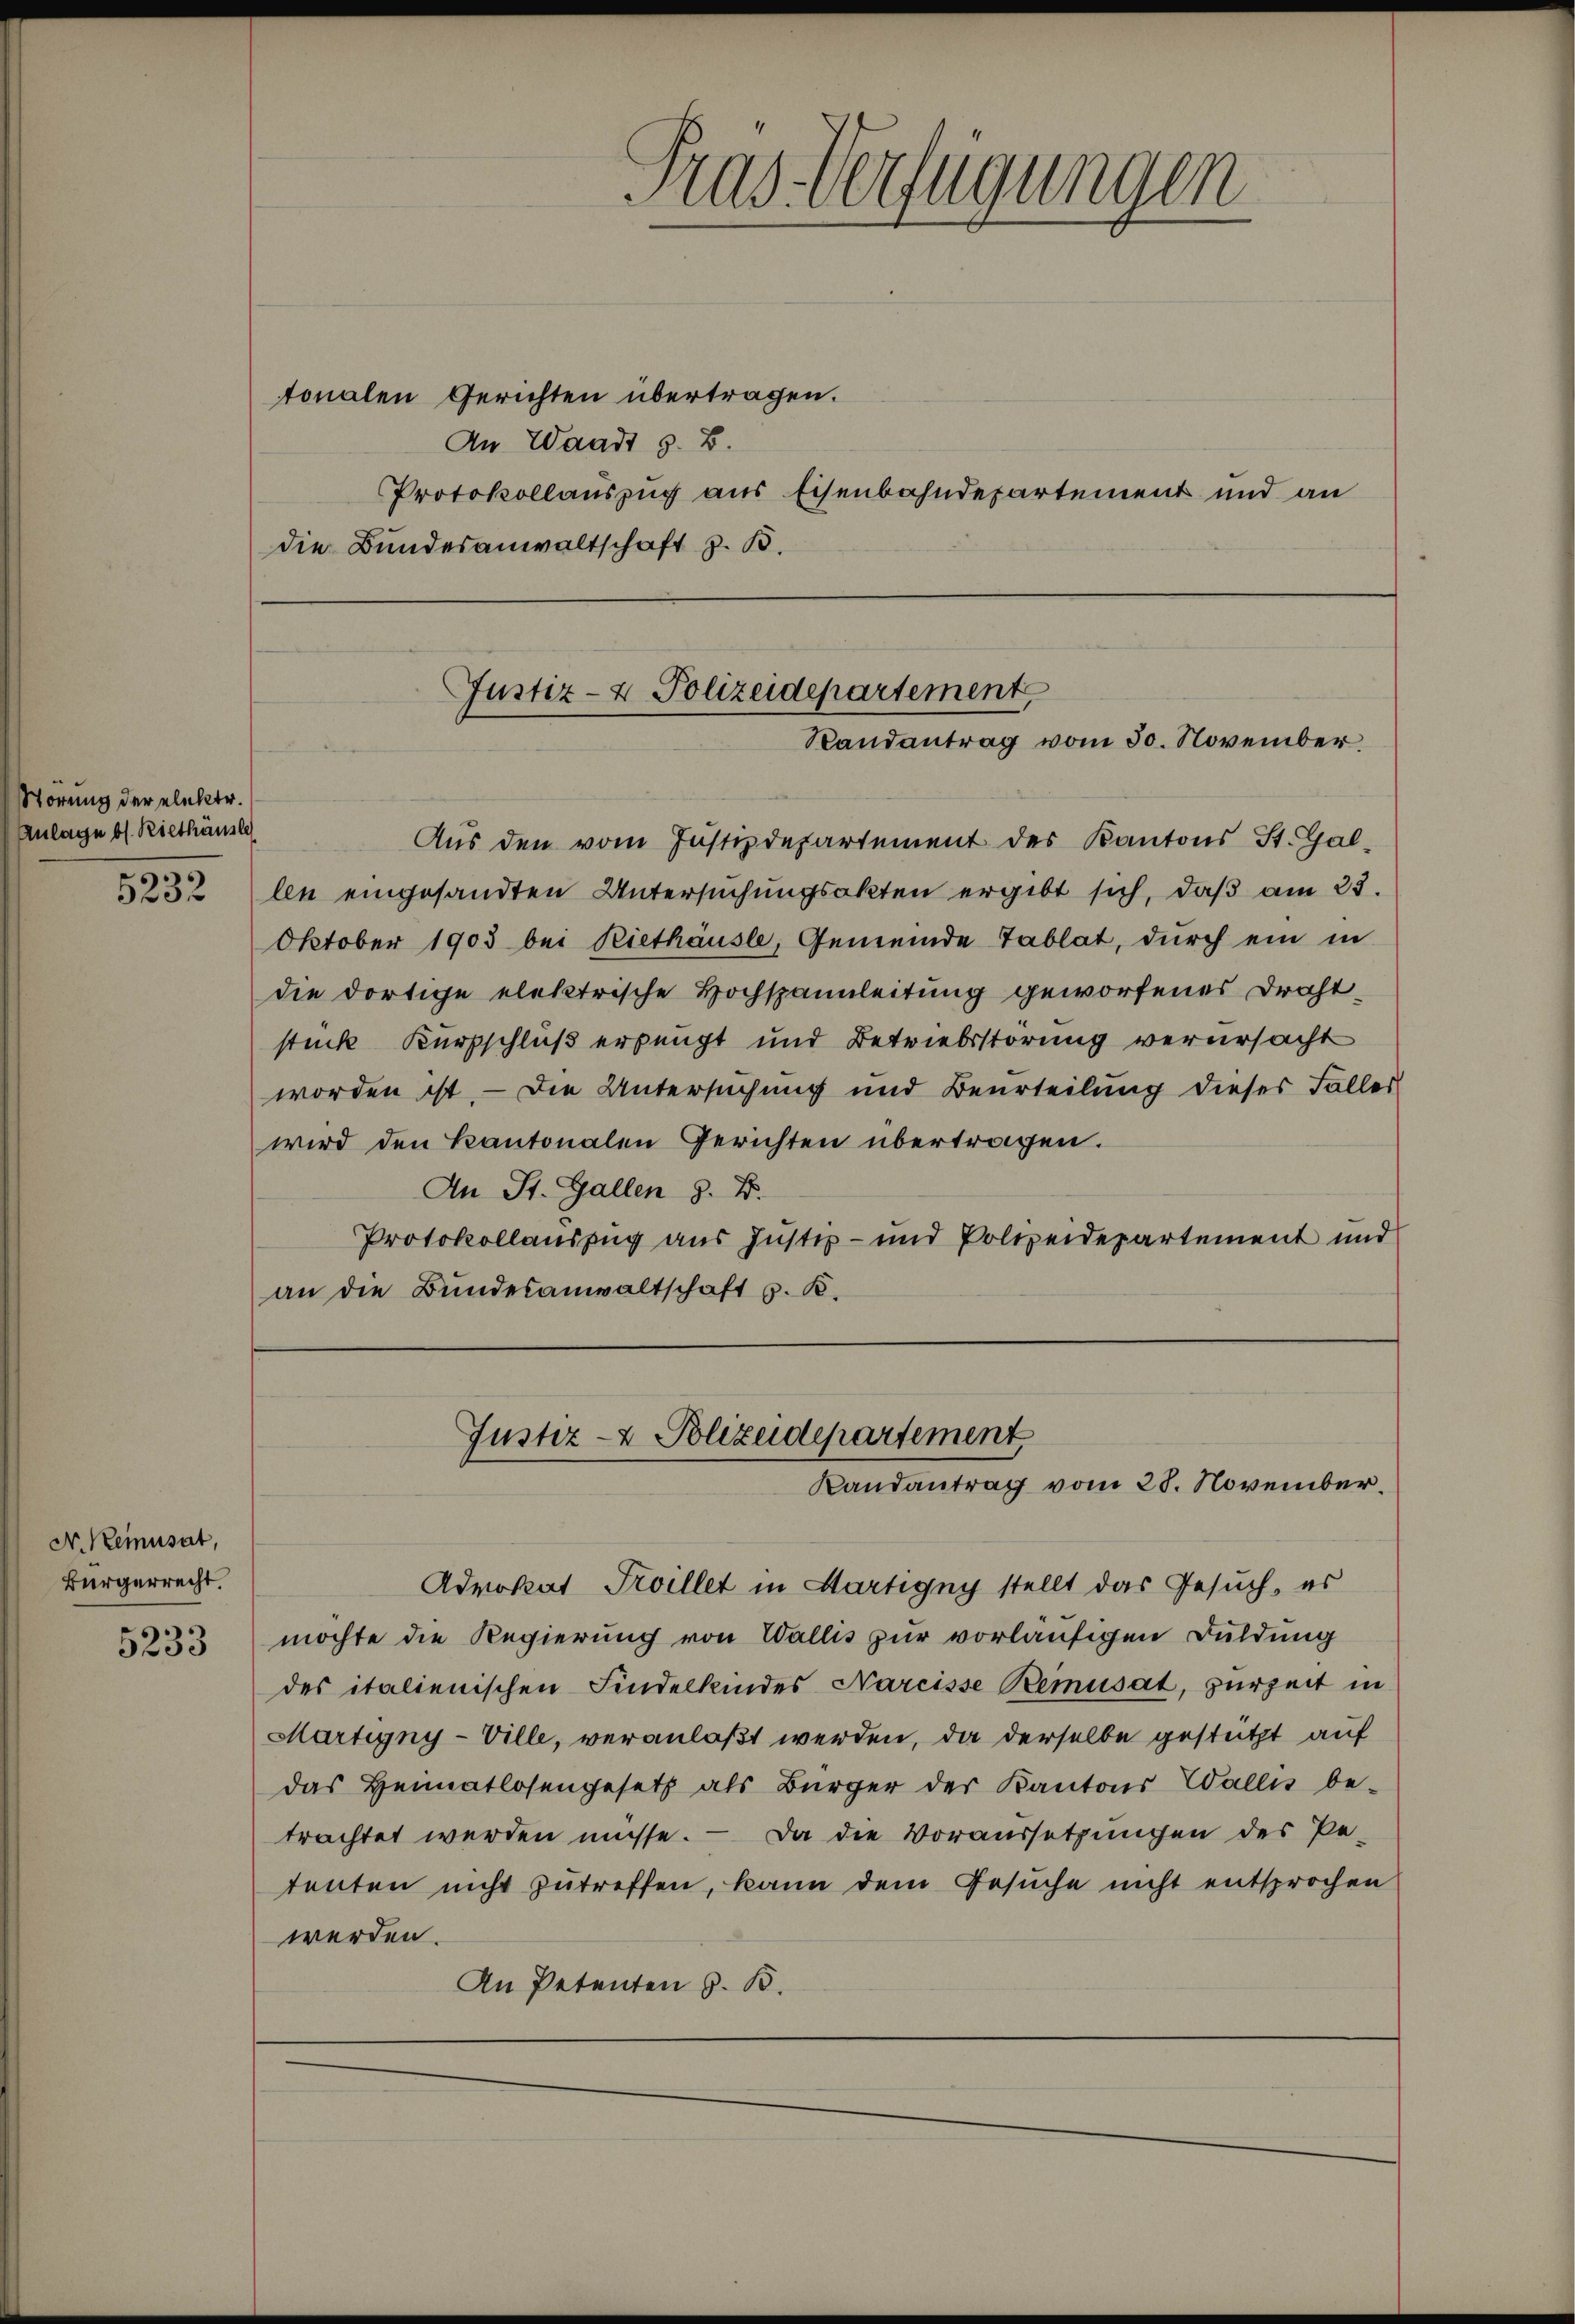
Störung der elektr.
Anlage b. Riethäusle

N. Kemnusat,
Bürgerrecht.

5233

tonalen Gerichten übertragen.
An Waadt z. B.
Protokollauszug aus Eisenbahndepartement und an
die Bundesanwaltschaft z. B.

Pras Verfügungen

Justiz- & Polizeidepartement,
Randantrag vom 30. November,

Aus den vom Justizdepartement des Kantons St. Gal¬
232 len eingesandten Untersuchungsakten ergibt sich, daß am 23.
Oktober 1903 bei Riethäusle, Gemeinde Tablat, dŭrch ein in
die dortige elektrische Hochspannleitung geworfenes Drahtstück Kurzschluß erlangt und Betriebsstörung verursacht
worden ist. — Die Untersuchung und Beurteilung dieses Falles
wird den Kantonalen Gerichten übertragen.
An St. Gallen z. B.
Protokollauszug aus Justiz- und Polizeidepartement und
an die Bundesanwaltschaft z. B.

Justiz- & Polizeidepartement
Randantrag vom 28. November.

Advokat Troillet in Martigny stellt das Gesuch, es
möchte die Regierung von Wallis zur vorläufigen Duldung
des italienischen Findelkindes Nareisse Bemusat, zurzeit in
Märtigny-Ville, veranlaßt werden, da derselbe gestützt auf
das Heimatlosengesetz als Bürger der Kantons Wallis be-
trachtet werden müsse. Da die Voraussetzungen des Pe-
tenten nicht zutreffen, kann dem Gesuche nicht entsprochen
werden.
An Petenten z. B.